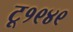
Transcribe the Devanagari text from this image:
टू१९४९